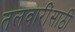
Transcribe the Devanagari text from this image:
तलवारींसाठी